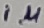
Text: 1µ